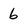
Character: 6